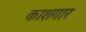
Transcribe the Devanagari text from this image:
काशगार